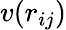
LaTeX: v(r_{ij})